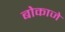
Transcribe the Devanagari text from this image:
बोकाजे